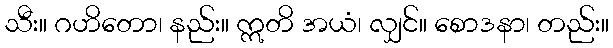
သီး။ ဂဟိတော၊ နည်း။ ဣတိ အယံ၊ လျှင်။ စောဒနာ၊ တည်း။